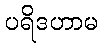
ပရိဒဟာမ